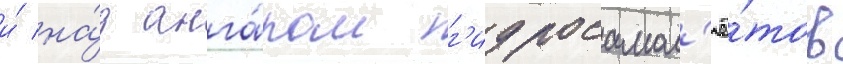
и́ на́д анга́ром г'идросамол'ё́тов